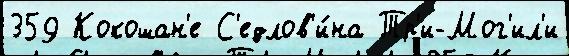
359 Кокошан'е С'едлов'и́на Тр'и-Мог'ил'и